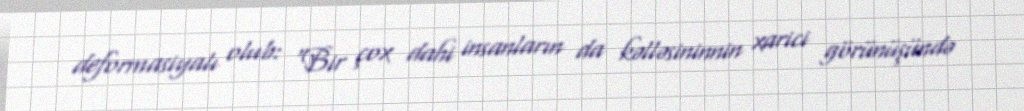
deformasiyalı olub: “Bir çox dahi insanların da kəlləsininnin xarici görünüşündə